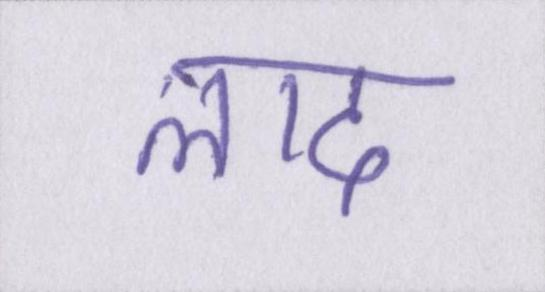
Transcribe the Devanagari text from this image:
लाद